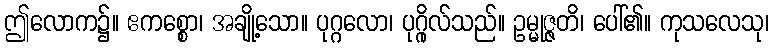
ဤလောက၌။ ဧကစ္စော၊ အချို့သော။ ပုဂ္ဂလော၊ ပုဂ္ဂိုလ်သည်။ ဥမ္မုဇ္ဇတိ၊ ပေါ်၏။ ကုသလေသု၊